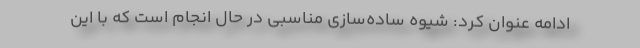
ادامه عنوان کرد: شیوه ساده‌سازی مناسبی در حال انجام است که با این